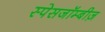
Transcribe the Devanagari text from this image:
स्पेसजॉम्बीज़